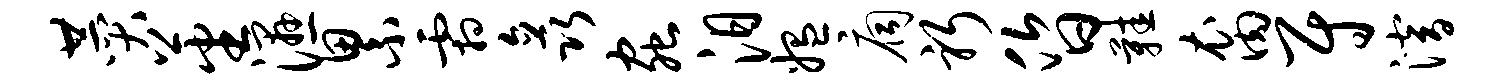
赞蕃湿累霜矗虫汨媪扃躬昏鞋裔尉潜